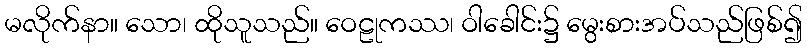
မလိုက်နာ။ သော၊ ထိုသူသည်။ ဝေဠုကဿ၊ ဝါခေါင်း၌ မွေးစားအပ်သည်ဖြစ်၍